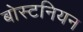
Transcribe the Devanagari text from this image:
बोस्टनियन